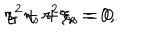
LaTeX: \eta _ { r } + r ^ { 2 } \xi _ { r } = 0 , \hspace { 1 c m } s ^ { 2 } \eta _ { s } + \xi _ { s } = 0 .